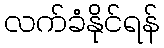
လက်ခံနိုင်ရန်